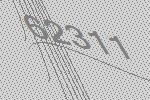
62311